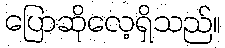
ပြောဆိုလေ့ရှိသည်။